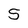
Character: 5